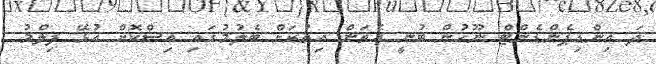
ދަ އިންޑިޕެންޑެންޓް ނޫހުން ބުނީ އެތަން އިތުރަށް ބެލުމުގައި އިސްކޮށް އުޅޭ ފިލްމު